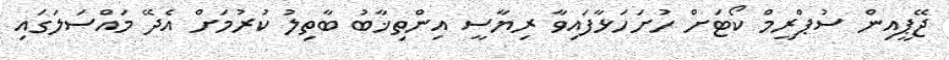
ޖޭޕީއިން ސުޕްރީމް ކޯޓަށް ހުށަހަޅާފައިވާ ރިޔާސީ އިންތިޚާބު ބާތިލު ކުރުމަށް އެދޭ މައްސަލަަގައި